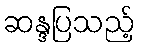
ဆန္ဒပြသည့်